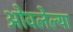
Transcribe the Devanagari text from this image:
ओवलेल्या